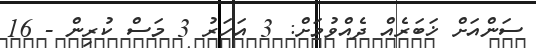
ސަންއަށް ޚަބަރެއް ދެއްވުމަށް: 3 އަހަރު 3 މަސް ކުރިން - 16